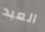
العبد